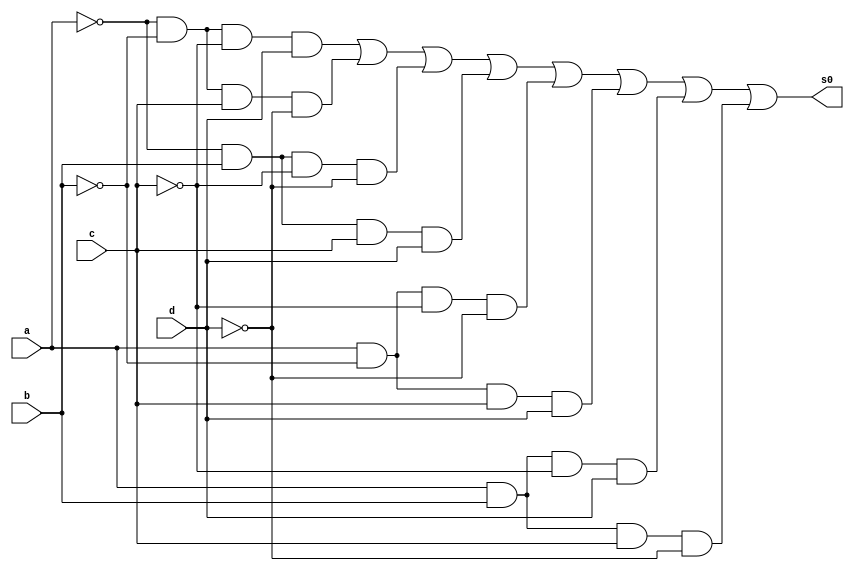
//----------------------------------------------
//-- Alvaro Henrique de Araujo Rungue - 395487
//-- Prova 01 - letra b
//----------------------------------------------

//-- Min Termos s0

module s0mintermos (s0,a,b,c,d);
output s0;
input a,b,c,d;
wire t1,t2,t3,t4,t5,t,t7,t8;


and AND1(t1,~a,~b,~c,d);
and AND2(t2,~a,~b,c,~d);
and AND3 (t3, ~a,b,~c,~d);
and AND4 (t4,~a,b,c,d);
and AND5 (t5,a,~b,~c,~d);
and AND6 (t6,a,~b,c,d);
and AND7 (t7,a,b,~c,d);
and AND8 (t8,a,b,c,~d);

or OR1 (s0,t1,t2,t3,t4,t5,t6,t7,t8); 


endmodule //fim s0mintermos

//-- Inicio Teste S0
module testes0;

wire s0;
reg a,b,c,d;

s0mintermos Teste (s0,a,b,c,d);

 initial begin
	   $display("\nAlvaro Henrique - 395487 \n");
      $display("\na  b   c   d  s0\n");
      $monitor("%b  %b   %b   %b  %b", a, b, c, d, s0);
  
	     a=0; b=0; c=0; d=0;  
    #1  a=0; b=0; c=0; d=1;
    #1  a=0; b=0; c=1; d=0;
    #1  a=0; b=0; c=1; d=1;
    #1  a=0; b=1; c=0; d=0;
 	 #1  a=0; b=1; c=0; d=1;
    #1  a=0; b=1; c=1; d=0;
    #1  a=0; b=1; c=1; d=1;
    #1  a=1; b=0; c=0; d=0;
    #1  a=1; b=0; c=0; d=1;
    #1  a=1; b=0; c=1; d=0;
    #1  a=1; b=0; c=1; d=1;
    #1  a=1; b=1; c=0; d=0;
    #1  a=1; b=1; c=0; d=1;
    #1  a=1; b=1; c=1; d=0;
    #1  a=1; b=1; c=1; d=1;


        
    end
    endmodule